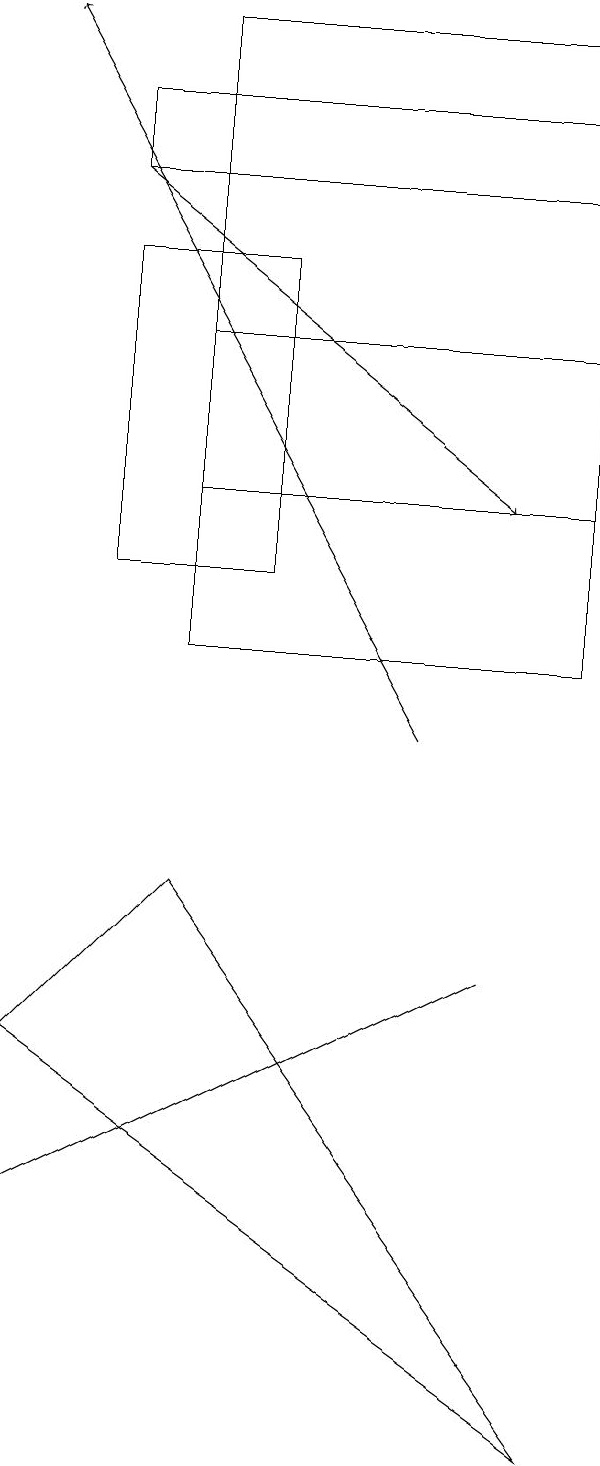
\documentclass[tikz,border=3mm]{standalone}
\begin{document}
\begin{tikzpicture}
\draw (3,16) rectangle (5,12);
\draw (9,1) -- (2,6) -- (4,8) -- cycle;
\draw (2,4) -- (4,5) -- (8,7) -- cycle;
\draw (3,18) rectangle (9,17);
\draw (9,11) rectangle (4,15);
\draw (4,19) rectangle (9,13);
\draw[->] (3,17) -- (8,13);
\draw[->] (7,10) -- (2,19);
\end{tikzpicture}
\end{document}